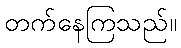
တက်နေကြသည်။